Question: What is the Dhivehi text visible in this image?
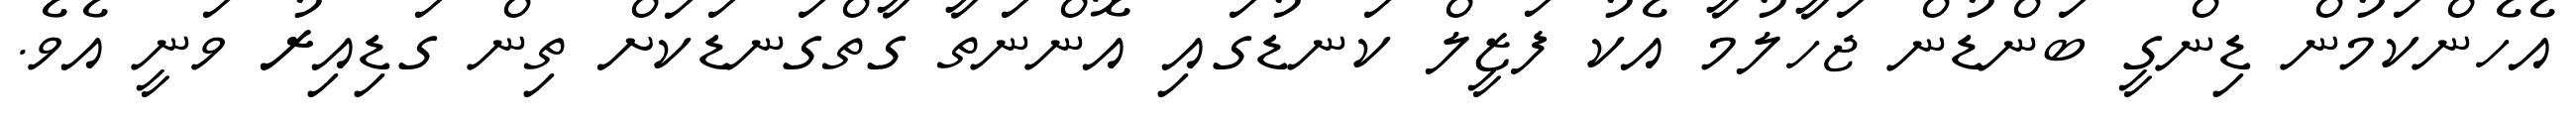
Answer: އެހެންކަމުން ޑިންގީ ބަންޑުން ޖަހާލުމާ އެކު ފަޒީލް ކަނޑުގައި އޮންނަތާ ގާތްގަނޑަކަށް ތިން ގަޑިއިރު ވަނީ އެވެ.